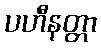
ပဟီနတ္တာ